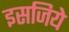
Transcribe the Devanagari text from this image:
इसजिये